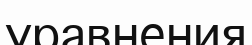
уравнения